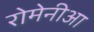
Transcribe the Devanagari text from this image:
रोमेनीआ